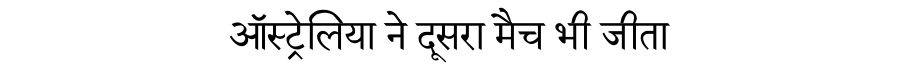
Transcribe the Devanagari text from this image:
ऑस्ट्रेलिया ने दूसरा मैच भी जीता